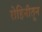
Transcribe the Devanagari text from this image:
रोहिनीतून